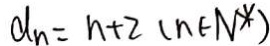
d _ { n } = n + 2 ( n \in N ^ { \ast } )